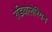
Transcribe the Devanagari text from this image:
रेडियोलेरियन